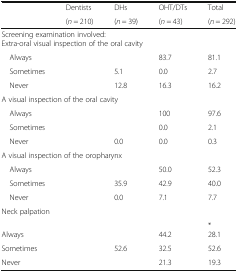
<table><thead><tr><td rowspan="2">[EMPTY_CELL]</td><td><b>Dentists</b></td><td><b>DHs</b></td><td><b>OHT/DTs</b></td><td><b>Total</b></td></tr><tr><td><b>(<i>n</i> = 210)</b></td><td><b>(<i>n</i> = 39)</b></td><td><b>(<i>n</i> = 43)</b></td><td><b>(<i>n</i> = 292)</b></td></tr></thead><tbody><tr><td colspan="5">Screening examination involved:Extra-oral visual inspection of the oral cavity</td></tr><tr><td> Always</td><td>[EMPTY_CELL]</td><td>[EMPTY_CELL]</td><td>83.7</td><td>81.1</td></tr><tr><td> Sometimes</td><td>[EMPTY_CELL]</td><td>5.1</td><td>0.0</td><td>2.7</td></tr><tr><td> Never</td><td>[EMPTY_CELL]</td><td>12.8</td><td>16.3</td><td>16.2</td></tr><tr><td colspan="5">A visual inspection of the oral cavity</td></tr><tr><td> Always</td><td>[EMPTY_CELL]</td><td>[EMPTY_CELL]</td><td>100</td><td>97.6</td></tr><tr><td> Sometimes</td><td>[EMPTY_CELL]</td><td>[EMPTY_CELL]</td><td>0.0</td><td>2.1</td></tr><tr><td> Never</td><td>[EMPTY_CELL]</td><td>0.0</td><td>0.0</td><td>0.3</td></tr><tr><td colspan="5">A visual inspection of the oropharynx</td></tr><tr><td> Always</td><td>[EMPTY_CELL]</td><td>[EMPTY_CELL]</td><td>50.0</td><td>52.3</td></tr><tr><td> Sometimes</td><td>[EMPTY_CELL]</td><td>35.9</td><td>42.9</td><td>40.0</td></tr><tr><td> Never</td><td>[EMPTY_CELL]</td><td>0.0</td><td>7.1</td><td>7.7</td></tr><tr><td colspan="5">Neck palpation</td></tr><tr><td>Always</td><td>[EMPTY_CELL]</td><td>[EMPTY_CELL]</td><td>44.2</td><td>*28.1</td></tr><tr><td>Sometimes</td><td>[EMPTY_CELL]</td><td>52.6</td><td>32.5</td><td>52.6</td></tr><tr><td>Never</td><td>[EMPTY_CELL]</td><td>[EMPTY_CELL]</td><td>21.3</td><td>19.3</td></tr></tbody></table>